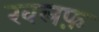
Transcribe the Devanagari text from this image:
खलफ़